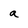
Character: a